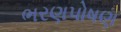
ભરણપોષણ